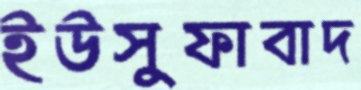
ইউসুফাবাদ